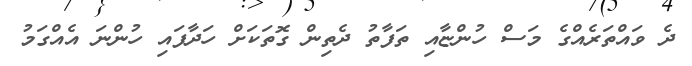
ދެ ވައްތަރެއްގެ މަސް ހުންޏާއި ތަފާތު ދެތިން ގޮތަކަށް ހަދާފައި ހުންނަ އެއްގަމު